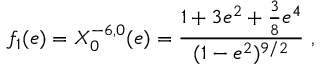
f _ { 1 } ( e ) = X _ { 0 } ^ { - 6 , 0 } ( e ) = \frac { 1 + 3 e ^ { 2 } + \frac 3 8 e ^ { 4 } } { ( 1 - e ^ { 2 } ) ^ { 9 / 2 } } \ ,